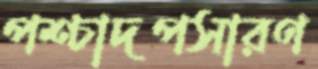
পশ্চাদপসারণ